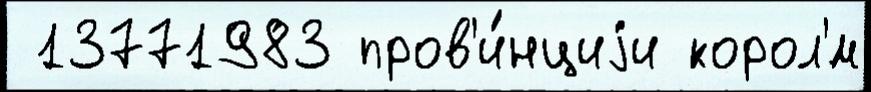
 13771983 пров'и́нциjи корол'́м